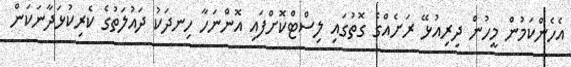
އެހެންކަމުން މީހުން ދިރިއުޅޭ ރަށެއްގެ ގޮތުގައި ލިސްޓްކޮށްފައި އޮންނަހާ ހިނދަކު ދައުލަތުގެ ކެރިކުޅަދާނަކަން